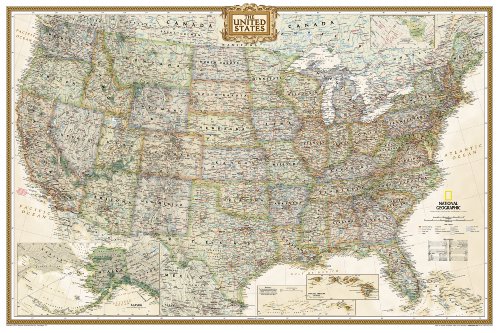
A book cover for United States Executive Poster Size Wall Map (tubed) (National Geographic Reference Map); National Geographic Maps - Reference; Reference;